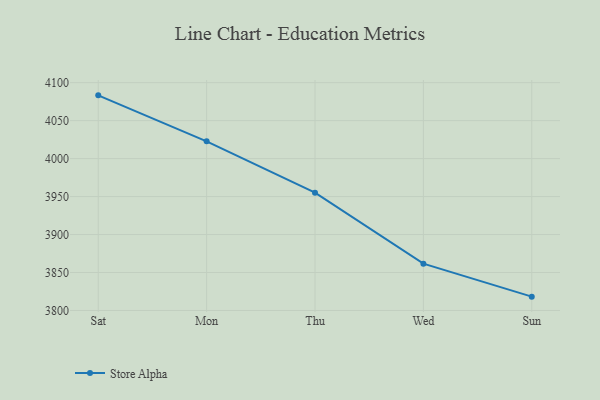
{"axis": {"x": "Day", "y": "Active Users"}, "legend": ["Store Alpha"], "data": [{"x": "Sat", "y": 4083.3, "type": "Store Alpha"}, {"x": "Mon", "y": 4022.7, "type": "Store Alpha"}, {"x": "Thu", "y": 3955.1, "type": "Store Alpha"}, {"x": "Wed", "y": 3861.6, "type": "Store Alpha"}, {"x": "Sun", "y": 3818.2, "type": "Store Alpha"}]}